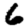
Digit: 6